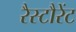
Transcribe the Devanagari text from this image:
रैस्टौरेंट